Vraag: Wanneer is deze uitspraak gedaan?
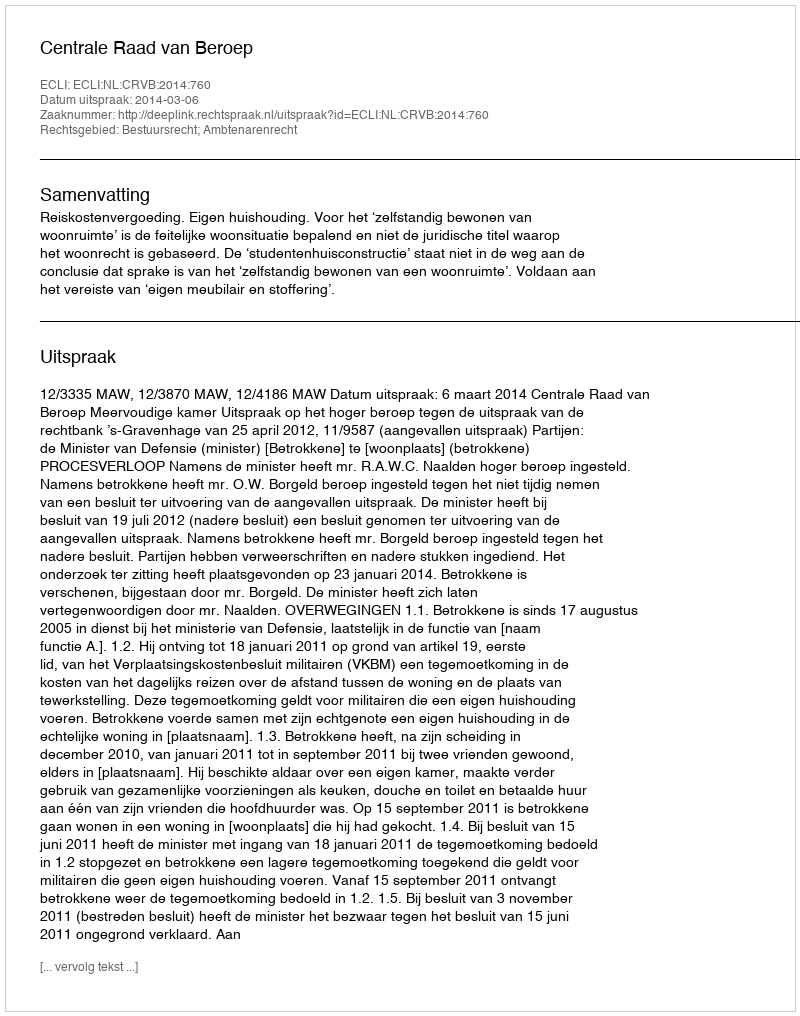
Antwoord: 2014-03-06